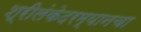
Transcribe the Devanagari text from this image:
श्रीलंकेदरम्यानचा